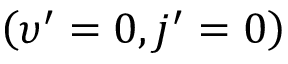
\left( \upsilon ^ { \prime } = 0 , j ^ { \prime } = 0 \right)